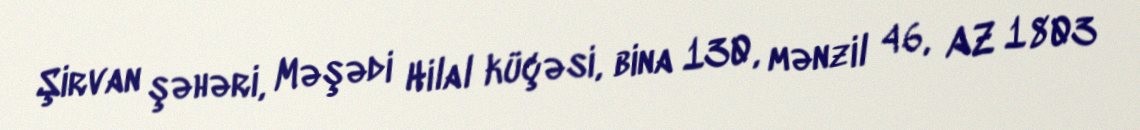
Şirvan şəhəri, Məşədi Hilal küçəsi, bina 130, mənzil 46, AZ 1803